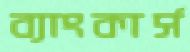
ব্যাংকার্স